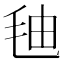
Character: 𰚓